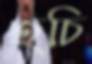
হচি